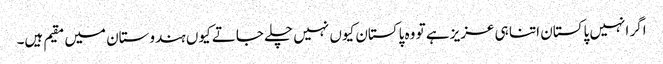
اگر انہیں پاکستان اتنا ہی عزیز ہے تو وہ پاکستان کیوں نہیں چلے جاتے کیوں ہندوستان میں مقیم ہیں۔